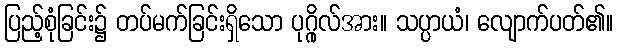
ပြည့်စုံခြင်း၌ တပ်မက်ခြင်းရှိသော ပုဂ္ဂိုလ်အား။ သပ္ပာယံ၊ လျောက်ပတ်၏။